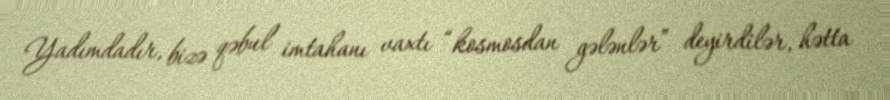
Yadımdadır, bizə qəbul imtahanı vaxtı “kosmosdan gələnlər” deyirdilər, hətta